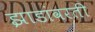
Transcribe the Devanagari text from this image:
झाडांवरती